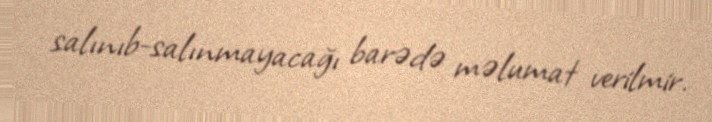
salınıb-salınmayacağı barədə məlumat verilmir.